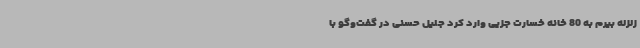
زلزله بیرم به 80 خانه خسارت جزیی وارد کرد جلیل حسنی در گفت‌وگو با